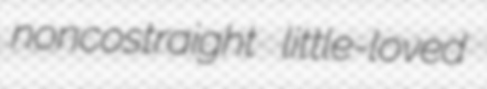
noncostraight little-loved